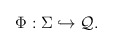
\begin{align*}\Phi : \Sigma \hookrightarrow {\cal Q}.\end{align*}